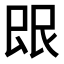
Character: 𬻼